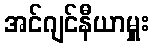
အင်ဂျင်နီယာမှူး